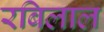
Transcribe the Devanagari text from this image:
रबिलाल